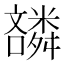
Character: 𫬪